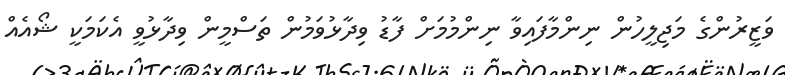
ވަޒީރުންގެ މަޖިލީހުން ނިންމާފައިވާ ނިންމުމަށް ފާޑު ވިދާޅުވަމުން ތަސްމީން ވިދާޅުވީ އެކަމަކީ ޝޯއެއް